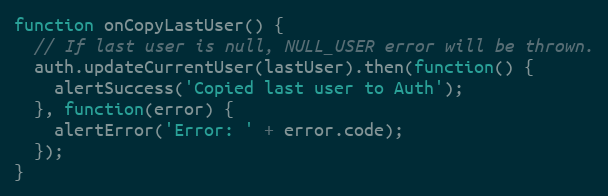
Language: JavaScript
function onCopyLastUser() {
  // If last user is null, NULL_USER error will be thrown.
  auth.updateCurrentUser(lastUser).then(function() {
    alertSuccess('Copied last user to Auth');
  }, function(error) {
    alertError('Error: ' + error.code);
  });
}